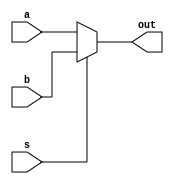
`timescale 1ns / 1ps
module mux2(
    input [31:0] a,
    input [31:0] b,
    input s,
    output reg [31:0] out
);

always @ (*)
begin
    if(s == 0)
        out <= a;
    else 
        out <= b;
end

endmodule